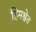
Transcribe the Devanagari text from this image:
हिमश्वेत